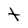
Character: t